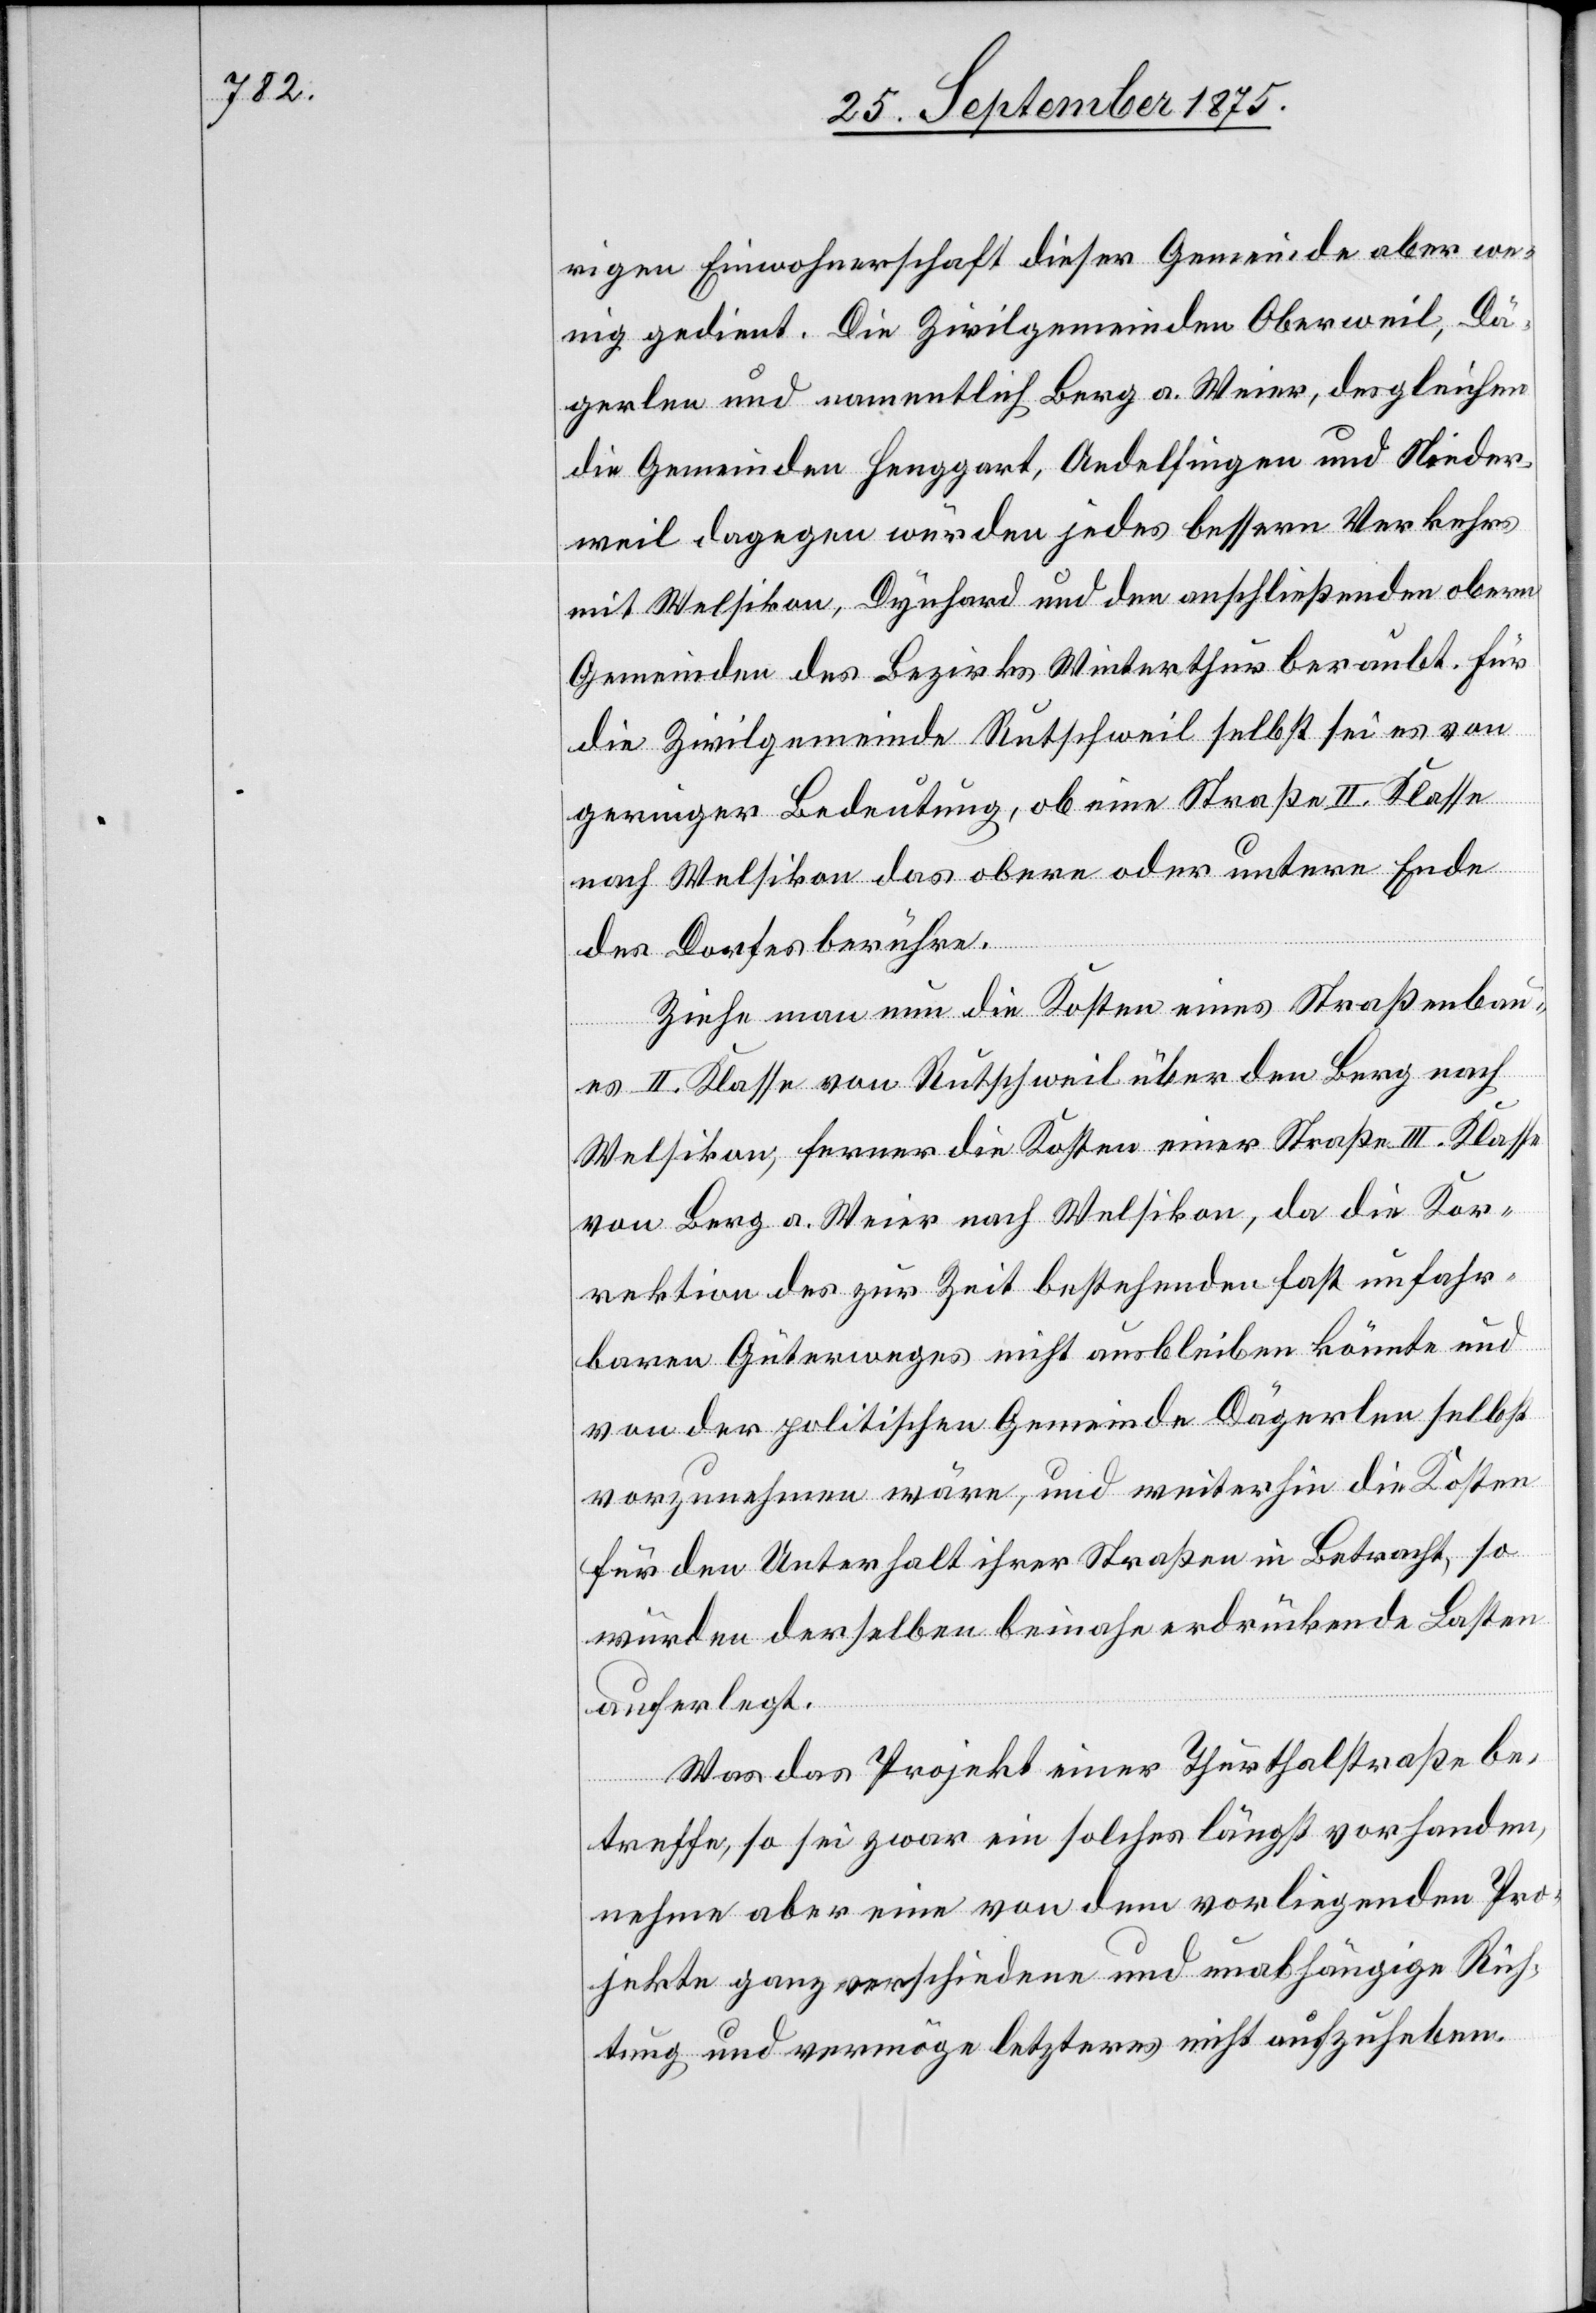
rigen Einwohnerschaft dieser Gemeinde aber we¬
nig gedient. Die Zivilgemeinden Oberweil, Dä¬
gerlen und namentlich Berg a. Weier, desgleichen
die Gemeinden Henggart, Andelfingen und Nieder¬
weil dagegen würden jedes bessern Verkehrs
mit Welsikon, Dynhard und den anschließenden obern
Gemeinden des Bezirks Winterthur beraubt. Für
die Zivilgemeinde Rutschweil selbst sei es von
geringer Bedeutung, ob eine Straße II. Klasse
nach Welsikon das obere oder untere Ende
des Dorfes berühre.
Ziehe man nun die Kosten eines Straßenbau¬
es II. Klasse von Rutschweil über den Berg nach
Welsikon, ferner die Kosten einer Straße III. Klasse
von Berg a. Weier nach Welsikon, da die Kor¬
rektion des zur Zeit bestehenden fast unfahr¬
baren Güterweges nicht ausbleiben könnte und
von der politischen Gemeinde Dägerlen selbst
vorzunehmen wäre, und weiterhin die Kosten
für den Unterhalt ihrer Straßen in Betracht, so
würden derselben beinahe erdrückende Lasten
auferlegt.
Was das Projekt einer Thurthalstraße be¬
treffe, so sei zwar ein solches längst vorhanden,
nehme aber eine von dem vorliegenden Pro¬
jekte ganz verschiedene und unabhängige Rich¬
tung und vermöge letzteres nicht aufzuheben.